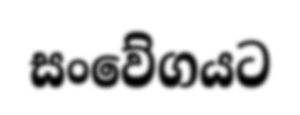
සංවේගයට